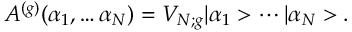
A ^ { ( g ) } ( \alpha _ { 1 } , \ldots \alpha _ { N } ) = V _ { N ; g } | \alpha _ { 1 } > \cdots | \alpha _ { N } > .